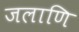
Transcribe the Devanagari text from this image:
जलाणि